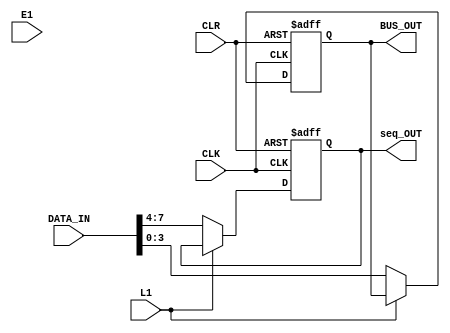
module INSTRUCTION_REGISTER#(parameter WIDTH1=4,WIDTH2=8)(input CLK,
input CLR,
input L1,
input E1,
input [WIDTH2-1:0] DATA_IN,
output reg [WIDTH1-1:0] BUS_OUT,
output reg [WIDTH1-1:0] seq_OUT);
reg [WIDTH1-1:0] BUS_OUT_reg;
always @(posedge CLK or negedge CLR)
 begin
	if(!CLR)
	 begin
		seq_OUT<='b0;
		BUS_OUT<='b0;
	 end
	else if(!L1)
	 begin
		seq_OUT<=DATA_IN[WIDTH2-1:WIDTH2/2];
		BUS_OUT<=DATA_IN[WIDTH2/2-1:0];
	 end
 end


endmodule